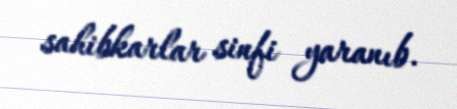
sahibkarlar sinfi yaranıb.